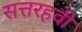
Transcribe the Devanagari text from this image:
सत्तरहवी